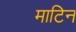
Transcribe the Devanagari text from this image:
माटिन